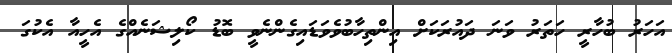
އަހަރު ބުހާރީ ހަތަރު ވަނަ ދައުރަކަށް އިންތިހާބުވެވަޑައިގެންނެވީ ބޮޑު ކޯލިޝަނެއްގެ އެހީއާ އެކުގަ